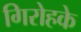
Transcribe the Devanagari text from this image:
गिरोहके